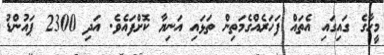
މީހާގެ ގައިގައި އެތައް ފަހަރެއްގެމަތިން ތަޅައި އަނިޔާ ކޮށްފައެވެ. އަދި 2300 ޕައުންޑު